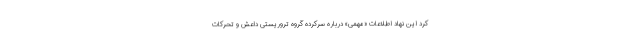
کرد این نهاد اطلاعات «مهمی» درباره سرکرده گروه تروریستی داعش و تحرکات